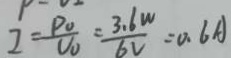
I = \frac { P _ { 0 } } { U _ { 0 } } = \frac { 3 . 6 W } { 6 V } = 0 . 6 A